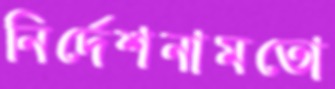
নির্দেশনামতো